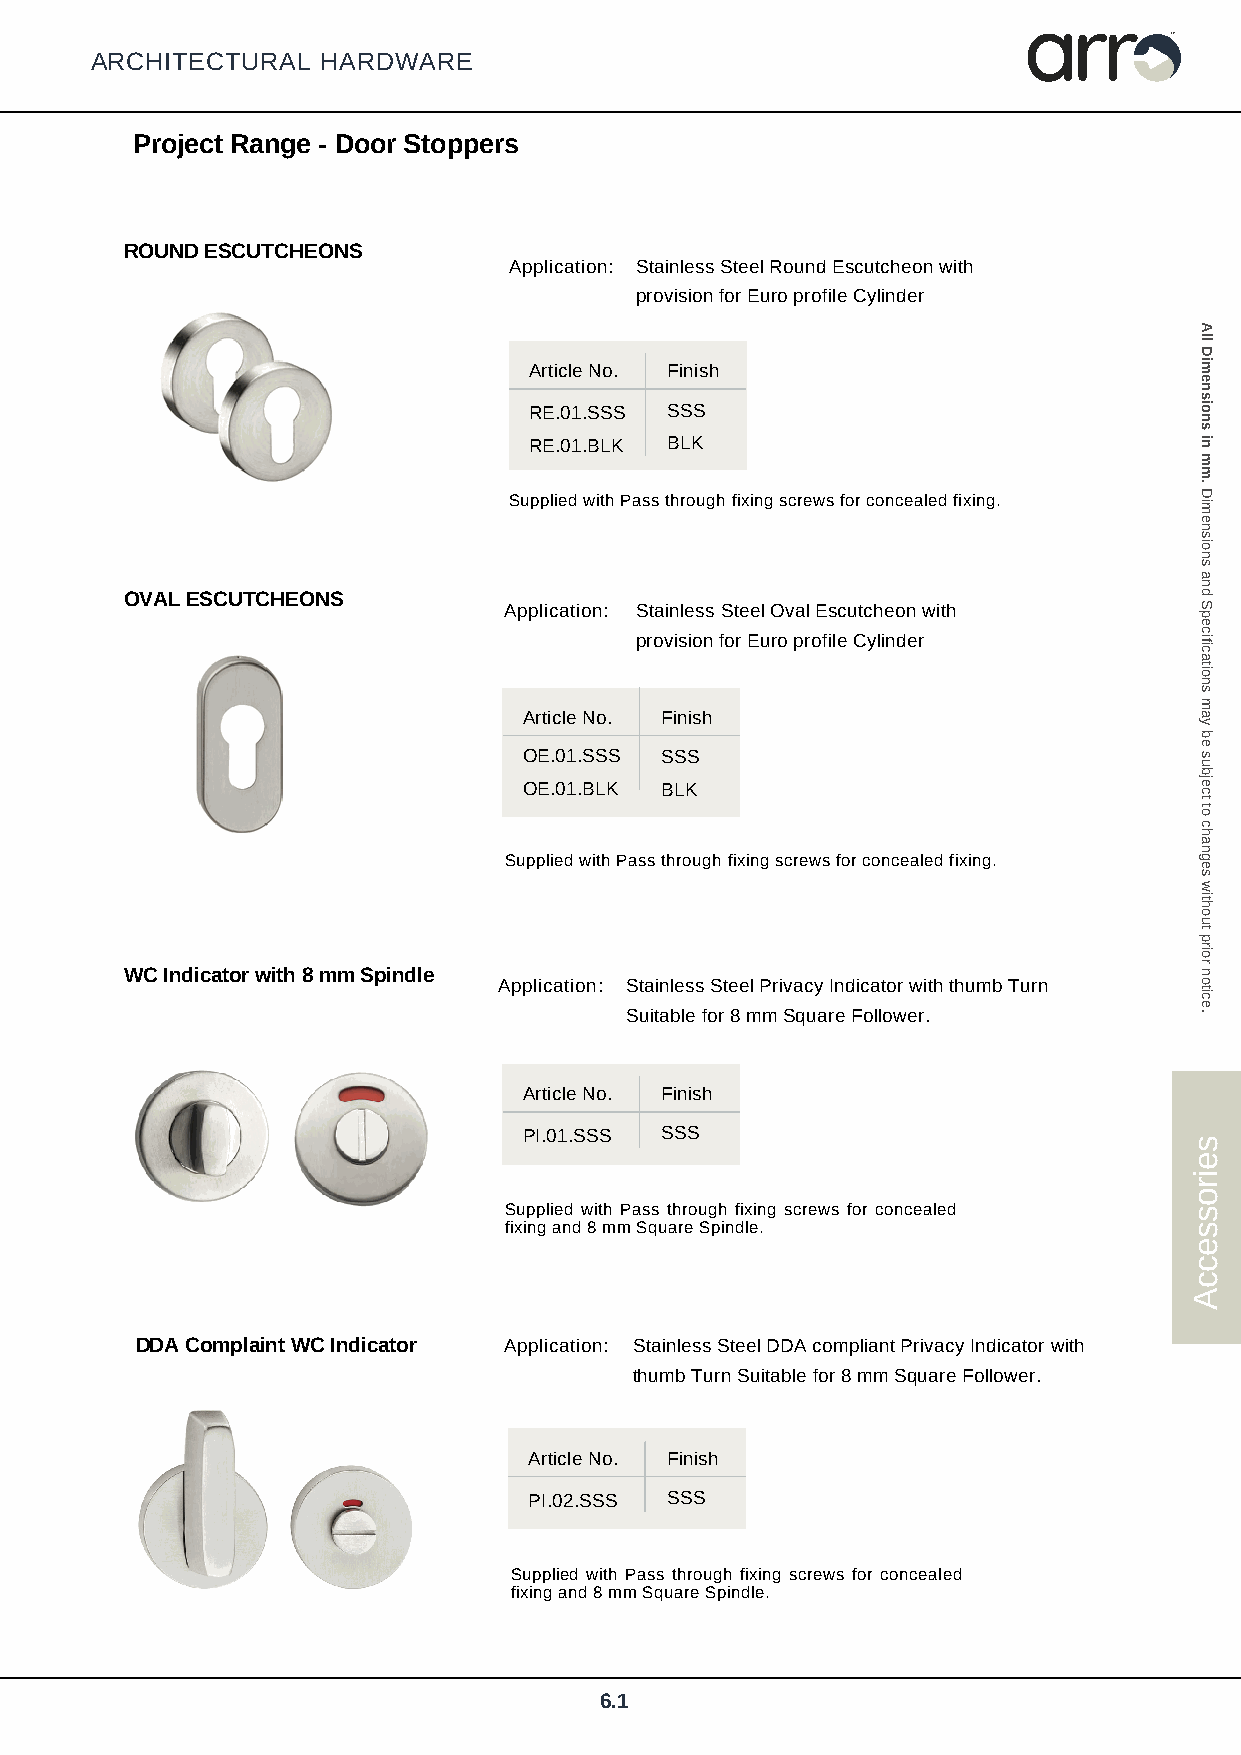
arr
 TM
 ARCHITECTURAL  HARDWARE
 Project Range - Door Stoppers
 ROUND ESCUTCHEONS
 Application: Stainless Steel Round Escutcheon with
 provision for Euro profile Cylinder
 Article No. Finish
 RE.01.SSS SSS
 RE.01.BLK BLK
 Supplied with Pass through fixing screws for concealed fixing.
 OVAL ESCUTCHEONS
 Application: Stainless Steel Oval Escutcheon with
 provision for Euro profile Cylinder
 Article No. Finish
 OE.01.SSS SSS
 OE.01.BLK BLK
 Supplied with Pass through fixing screws for concealed fixing.
 WC Indicator with 8 mm Spindle
 Application: Stainless Steel Privacy Indicator with thumb Turn
 Suitable for 8 mm Square Follower.
 Article No. Finish
 PI.01.SSS SSS
 Supplied with Pass through fixing screws for concealed
 fixing and 8 mm Square Spindle.
 DDA Complaint WC Indicator Application: Stainless Steel DDA compliant Privacy Indicator with
 thumb Turn Suitable for 8 mm Square Follower.
 Article No. Finish
 PI.02.SSS SSS
 Supplied with Pass through fixing screws for concealed
 fixing and 8 mm Square Spindle.
 6.1
 seirosseccA
 All
 Dimensions
 in
 mm.
 Dimensions
 and
 Specifications
 may
 be
 subject
 to
 changes
 without
 prior
 notice.